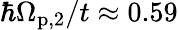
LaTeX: \hbar\Omega_{\mathrm{p,2}}/t\approx 0.59